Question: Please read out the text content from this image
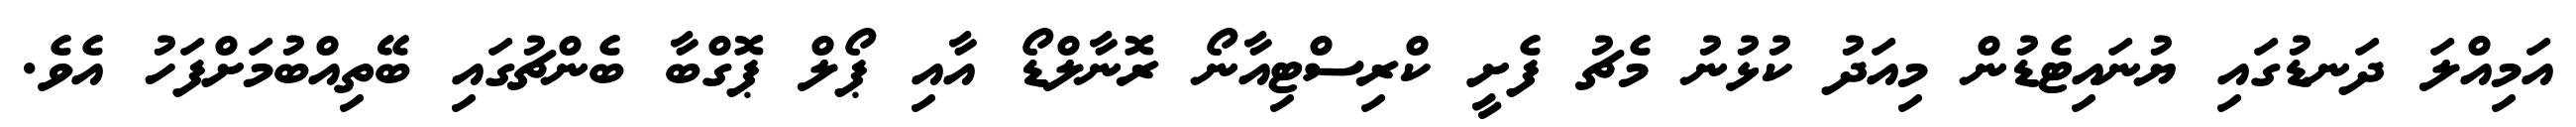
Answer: އަމިއްލަ ދަނޑުގައި ޔުނައިޓެޑުން މިއަދު ކުޅުނު މެޗު ފެށީ ކްރިސްޓިއާނޯ ރޮނާލްޑޯ އާއި ޕޯލް ޕޮގްބާ ބެންޗުގައި ބޭތިއްބުމަށްފަހު އެވެ.